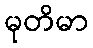
မုတိမာ